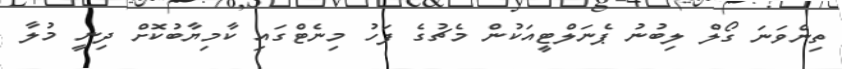
ތިންވަނަ ގޯލް ލިބުނު ޕެނަލްޓީއަކުން މެޗުގެ ފަހު މިނެޓްގައި ކާމިޔާބުކޮށް ދިނީ މުލާ